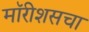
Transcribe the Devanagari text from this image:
मॉरीशसचा